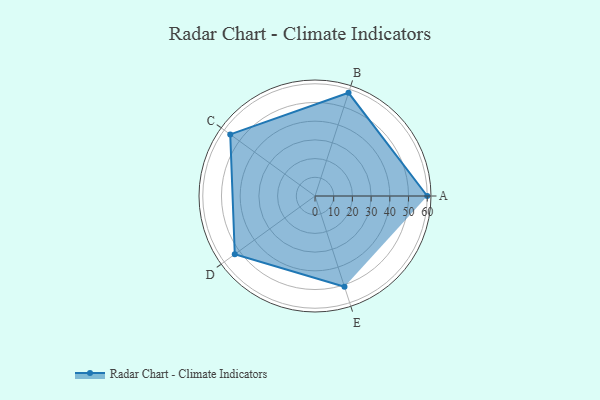
{"axis": {"x": "Skill", "y": "Score"}, "legend": ["Profile"], "data": [{"x": "A", "y": 60.0, "type": "Profile"}, {"x": "B", "y": 58.0, "type": "Profile"}, {"x": "C", "y": 56.0, "type": "Profile"}, {"x": "D", "y": 53.0, "type": "Profile"}, {"x": "E", "y": 51.0, "type": "Profile"}]}